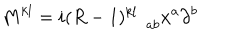
M ^ { k l } = i ( R - 1 ) _ { \; a b } ^ { k l } x ^ { a } \partial ^ { b }